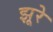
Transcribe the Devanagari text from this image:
झूरे